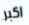
اكبر